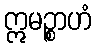
ဣမဉ္စာဟံ